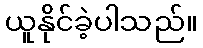
ယူနိုင်ခဲ့ပါသည်။